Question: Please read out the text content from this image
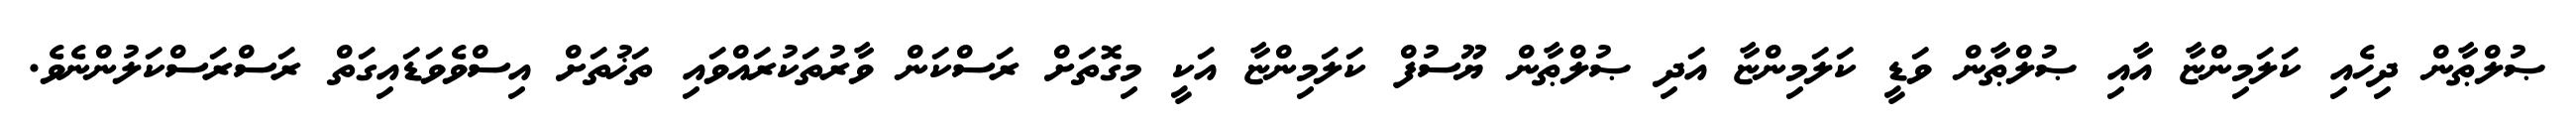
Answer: ޞުލްޠާން ދިހެއި ކަލަމިންޏާ އާއި ޞުލްޠާން ވަޑީ ކަލަމިންޏާ އަދި ޞުލްޠާން ޔޫސުފް ކަލަމިންޏާ އަކީ މިގޮތަށް ރަސްކަން ވާރުތަކުރައްވައި ތަޚުތަށް އިސްވެވަޑައިގަތް ރަސްރަސްކަލުންނެވެ.